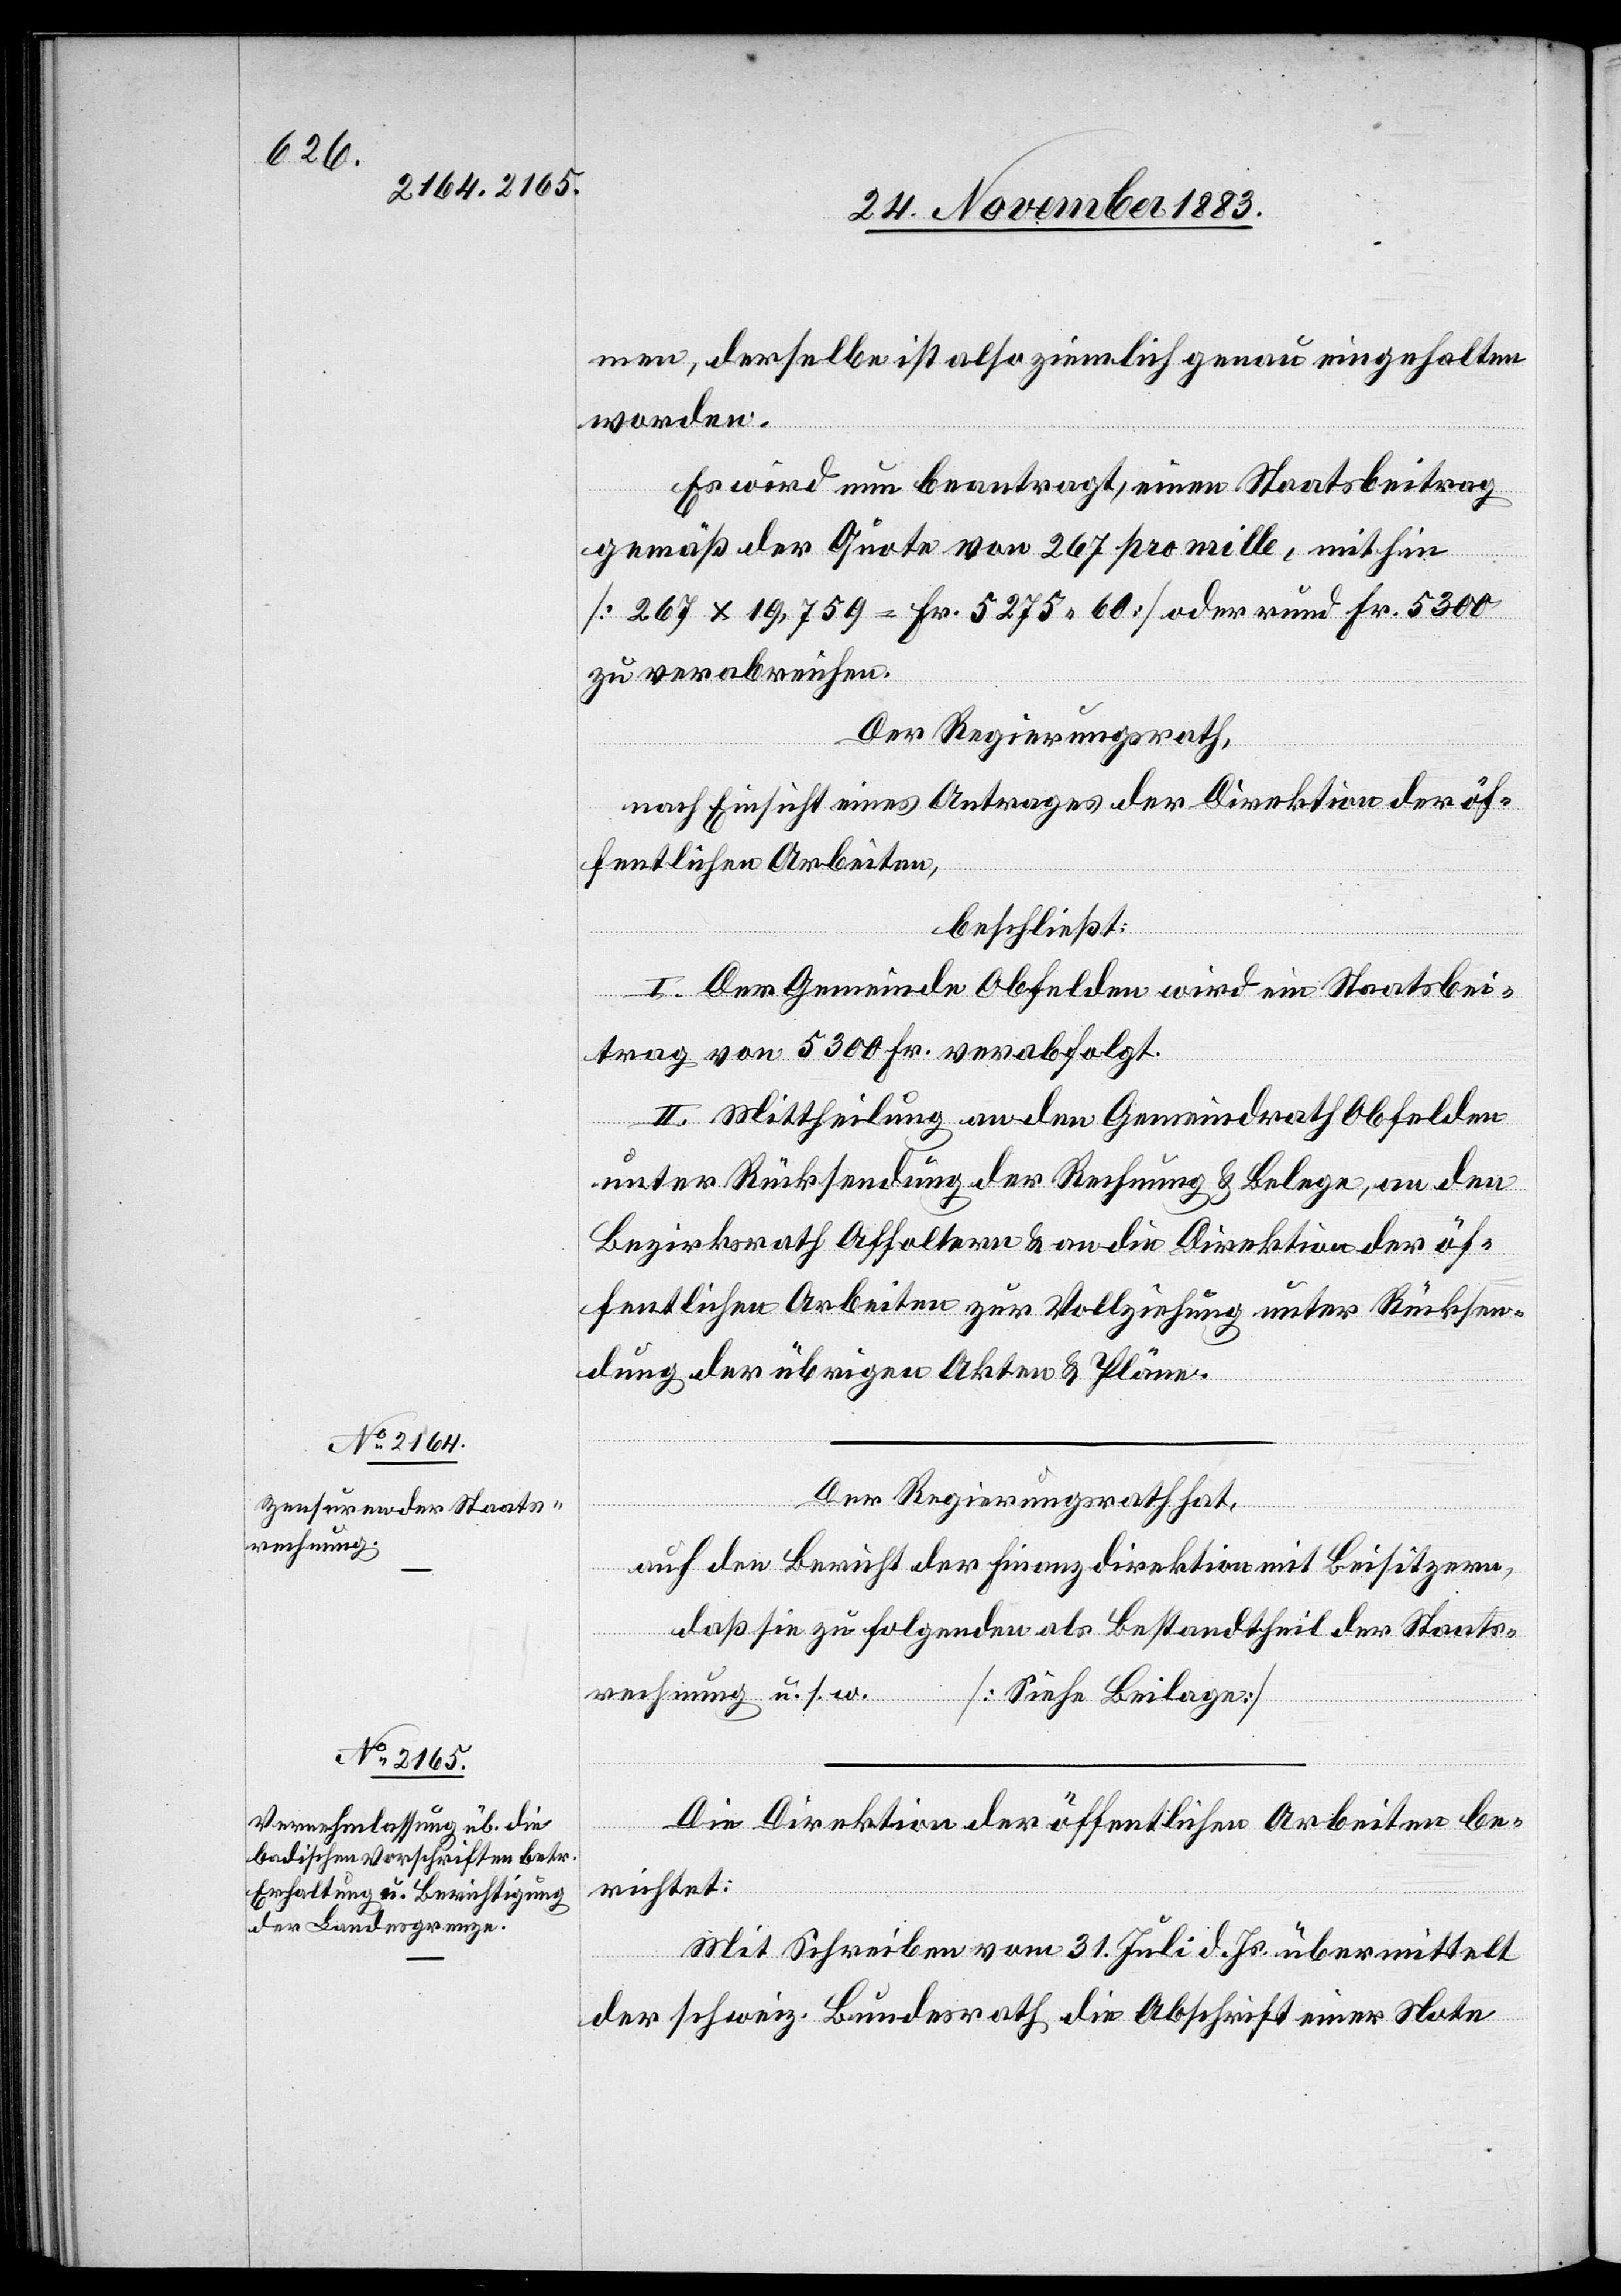
men, derselbe ist also ziemlich genau eingehalten
worden.
Es wird nun beantragt, einen Staatsbeitrag
gemäß der Quote von 267 pro mille, mithin
[267 x 19,759 = Fr. 5275 60] oder rund Fr. 5300
zu verabreichen.
Der Regierungsrath,
nach Einsicht eines Antrages der Direktion der öf¬
fentlichen Arbeiten,
beschließt:
I. Der Gemeinde Obfelden wird ein Staatsbei¬
trag von 5300 Fr. verabfolgt.
II. Mittheilung an den Gemeindrath Obfelden
unter Rücksendung der Rechnung & Belege, an den
Bezirksrath Affoltern & an die Direktion der öf¬
fentlichen Arbeiten zur Vollziehung unter Rücksen¬
dung der übrigen Akten & Pläne.
Die Direktion der öffentlichen Arbeiten be¬
richtet:
Mit Schreiben vom 31. Juli d. Js. übermittelt
der schweiz. Bundesrath die Abschrift einer Note